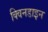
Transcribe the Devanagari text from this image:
क्विनडाइन